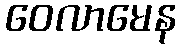
ဝေလာမေန